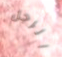
الرجل